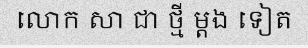
លោក សា ជា ថ្មី ម្តង ទៀត